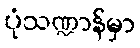
ပုံသဏ္ဍာန်မှာ